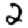
Digit: 2